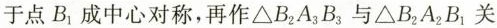
于点B_{1}成中心对称，再作\triangle B_{2}A_{3}B_{3}与\triangle B_{2}A_{2}B_{1}关